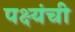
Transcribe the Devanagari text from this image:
पक्ष्यंची